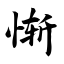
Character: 惭